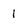
Character: 1